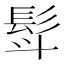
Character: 𮪿